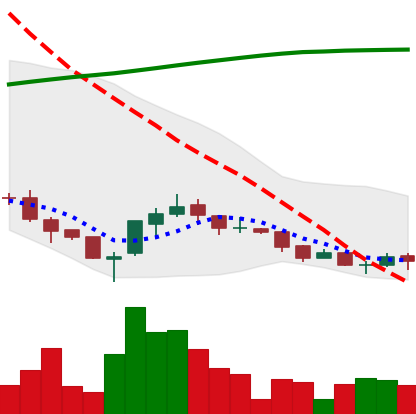
Ticker: ADA-USD
Chart end date: 2018-04-01
Forward return: -4.19%
Label: down_3_5